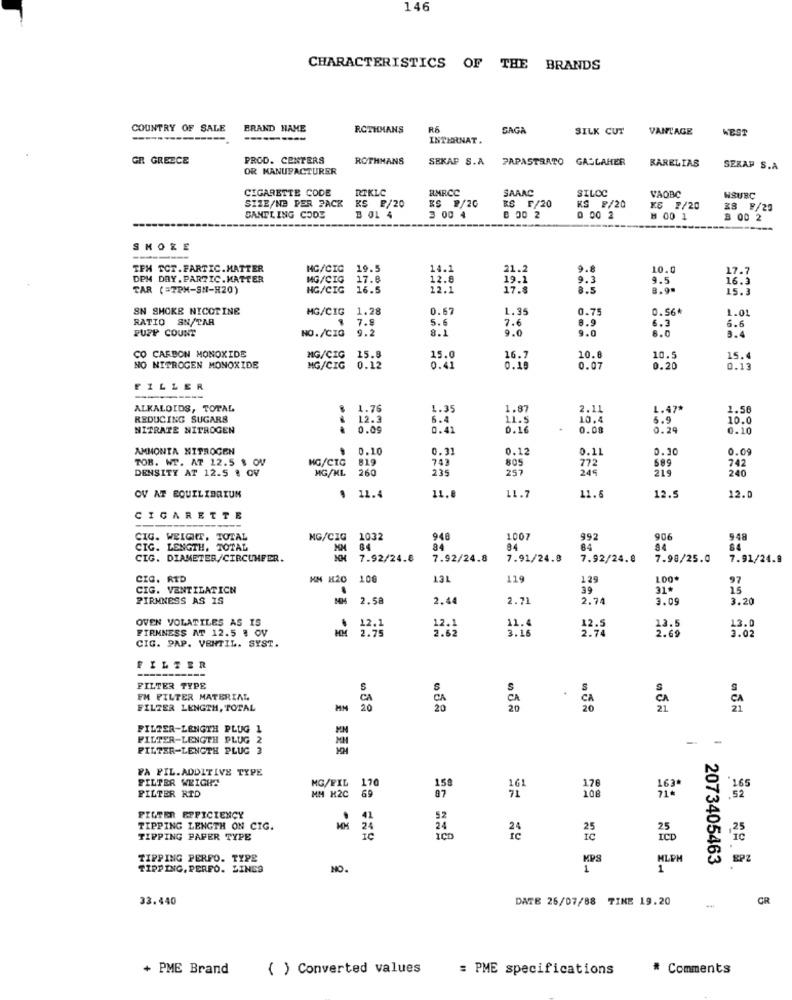
146
CHARACTERISTICS OF THE BRANDS
COUNTRY OF SALE
BRAND NAME
ROTHMANS
RA
SAGA
SILK CUT
VANTAGE
WEST
----------
INTERNAT.
GR GREECE
PROD. CENTERS
ROTHMANS
SEKAF S.A
PAPASTARTO GALLAHER
KARELIAS
OR MANUFACTURER
SERAP S.A
CIGARETTE CODE
RTKLC
RMRCC
SARAC
SIZE/NB PER PACK
KS 2/20
RS F/20
SILOC
VAOBC
WSURC
KS ₽/20
KS ₽/20
KS 1/20
28 F/20
SAMTLING CODE
B OL 4
3 00 4
B 00 2
0 00 2
8 00 1
3 00 2
SMORE
TEM TCT.FARTIC.MATTER
HG/CIC
19.5
14.1
21.2
9.8
10.0
17.7
DPM DAY. PARTIC.MATTER
MG/CIG
17.8
12.8
19. 1
9.3
9.5
16.3
TAR (=7PM-SN-H20)
HC/CIG
16.5
12.1
8.5
8.90
SN SMOKE NICOTINE
MG/CIG
1.28
0.67
1.35
0.7
0.56*
1.01
RATIO SN/TAR
5.6
7.6
8.9
6.3
PUPP COUNT
NO./CIO
7.8
8.1
9.0
9.0
8.0
6.6
3.4
CO CARBON MONOXIDE
MG/CIG
15.8
15.0
16.7
10.8
10.5
15.
NO NITROGEN MONOXIDE
MG/CIG
0.12
0.41
0.18
0.07
0.20
0.13
FILLER
ALKALOIDS, TOTAL
1.76
1.35
1.87
2.11
1.47*
1.56
REDUCING SUGARS
12.3
6.4
11.5
10.4
6.9
10.0
NITRATE NITROGEN
0.09
0.41
0.16
0.08
0.29
0.10
AMMONTA NITROGEN
0.10
0.33
0.12
0.30
0.09
TOB. WT. AT 12.5 $ OV
MG/CTG
819
9.11
DENSITY AT 12.5 & OV
MG/ML
260
743
235
805
257
772
589
219
742
240
11.7
12.
OV AT EQUILIBRIUM
. 11.4
11.8
11.6
12.5
CIGARETTE
CIG. WEIGHT, TOTAL
MG/CIG
1032
948
007
992
906
948
CIG. LENGTH, TOTAL
84
84
84
84
44
84
CIG. DIAMETER/CIRCUNFER.
7.92/24.8
7.92/24.8
7.91/24.8
7.92/24.8
7.98/25.0
7.91/24.9
CIC. RID
HM H20
100
13L
119
129
100*
CIG. VENTILATICN
39
31.
15
PIRMNESS AS IS
2.58
2.44
2.71
2.74
3.09
3.20
OVEN VOLATILES AS IS
12.1
11.
13.5
FIRMNESS AT 12.5 @ OV
.
12.1
2.75
2.62
3.16
12.5
2.74
2.69
13.0
3.02
CIG. PAP. VENTIL. SYST.
FILTER
FILTER TYPE
S
FM FILTER MATERIAL
CA
CA
FILTER LENGTH, TOTAL
20
FILTER-LENGTH PLUG 1
FILTER-LENGTH PLUG 2
FILTER-LENGTH PLUG 3
FA PIL.ADDITIVE TYPE
FILTER WEIGHS
MG/FIL
170
150
176
165
FILTER RID
MM H2C
69
87
108
71-
FILTER EFFICIENCY
TIPPING LENGTH ON CIG.
24
24
25
25
TIPPING PAPER TYPE
ic
ICD
ICD
TIPPING PERFO. TYP2
MPS
HLPM
2073405463
TIPPING. PERFO. LINES
NO.
1
1
98 08 0
33.440
DATE 26/07/88 TINE 19.20
CR
-
+ PME Brand
( ) Converted values
: PME specifications
# Comments